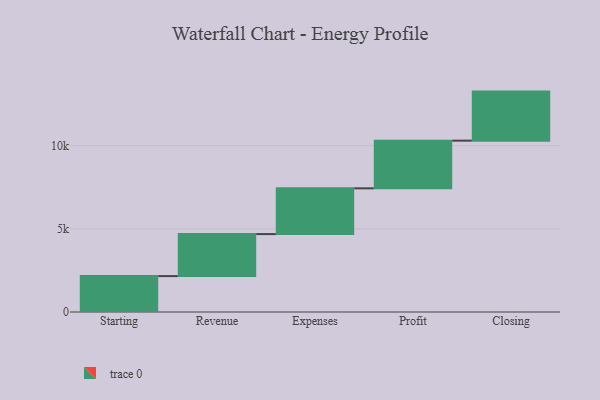
{"axis": {"x": "Step", "y": "Value"}, "legend": [""], "data": [{"x": "Starting", "y": 2158.0, "type": ""}, {"x": "Revenue", "y": 2526.0, "type": ""}, {"x": "Expenses", "y": 2751.0, "type": ""}, {"x": "Profit", "y": 2867.0, "type": ""}, {"x": "Closing", "y": 2948.0, "type": ""}]}